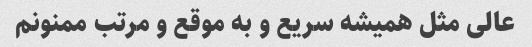
عالی مثل همیشه سریع و به موقع و مرتب ممنونم